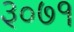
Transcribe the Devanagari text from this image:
३०७१